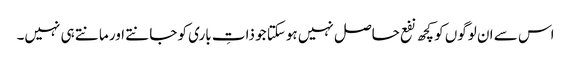
اس سے ان لوگوں کو کچھ نفع حاصل نہیں ہوسکتا جو ذاتِ باری کو جانتے اور مانتے ہی نہیں۔